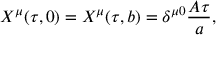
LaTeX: X ^ { \mu } ( \tau , 0 ) = X ^ { \mu } ( \tau , b ) = \delta ^ { \mu 0 } { \frac { A \tau } { a } } ,